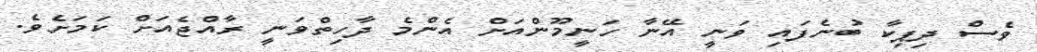
ވެސް ދިޕިކާ ބުނެފައި ވަނީ އޭނާ ހަނީމޫންއަށް އެންމެ ދާހިތްވަނީ ރާއްޖެއަށް ކަމަށެވެ.